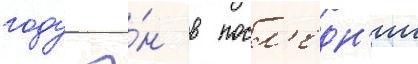
году о́н в посл'едн'ии